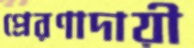
প্রেরণাদায়ী